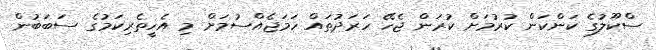
ސްކޫލުގެ ކަންކަން ކުރުމަށް ކުރަން ޖެހޭ ހަރަދުތައް ހަމަޖެއްސުމަށް މި އެހީތެރިކަމުގެ ސަބަބުން